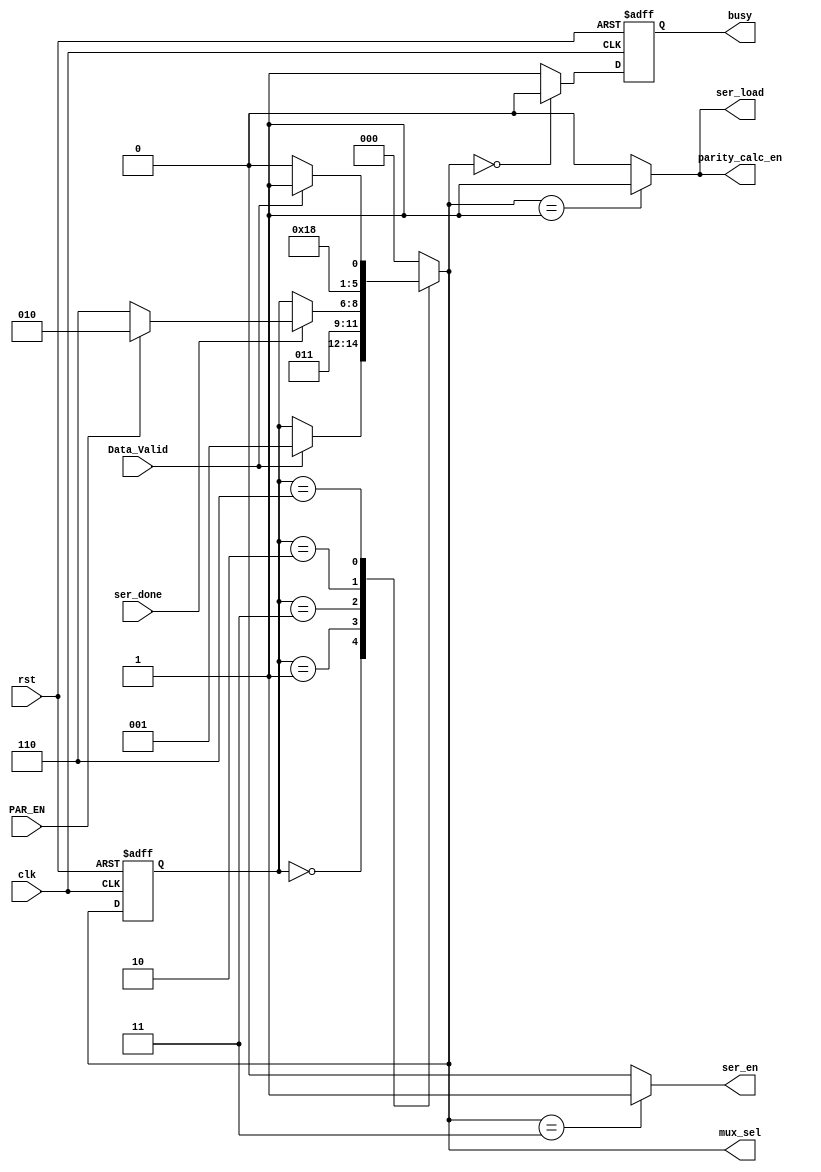
module UART_Tx_FSM(input wire Data_Valid,
                   input wire PAR_EN,
                   input wire ser_done,
                   input wire clk,
                   input wire rst,
                   output reg ser_load,
                   output reg ser_en,
                   output reg parity_calc_en,
                   output reg [2:0] mux_sel,
                   output reg busy);
    
    reg [2:0] current_state, next_state;
    reg busy_comb;
    
    // States encoding (gray encoding to reduce switching power)
    localparam  IDLE = 3'b000,
    START = 3'b001,
    DATA = 3'b011,
    PARITY = 3'b010,
    STOP = 3'b110;
    
    // Current state sequential logic
    always@(posedge clk or negedge rst)
    begin
        if (!rst)
        begin
            current_state <= IDLE;
        end
        else
        begin
            current_state <= next_state;
        end
    end
    
    always@(posedge clk or negedge rst)
    begin
        if (!rst)
        begin
            busy <= 1'b0;
        end
        else
        begin
            busy <= busy_comb;
        end
    end
    
    // Next state combinational logic
    always@(*)
    begin
        // Initial values to avoid unintentional latches
        next_state = IDLE;
        case(current_state)
            IDLE:
            begin
                if (Data_Valid)
                begin
                    next_state = START;
                end
                else
                begin
                    next_state = current_state;
                end
            end
            START:
            begin
                next_state = DATA;
            end
            DATA:
            begin
                if (ser_done)
                begin
                    if (PAR_EN)
                    begin
                        next_state = PARITY;
                    end
                    else
                    begin
                        next_state = STOP;
                    end
                end
                else
                begin
                    next_state = current_state;
                end
            end
            PARITY:
            begin
                next_state = STOP;
            end
            STOP:
            begin
                if (Data_Valid)
                begin
                    next_state = START;
                end
                else
                begin
                    next_state = IDLE;
                end
            end
            default:
            begin
                next_state = IDLE;
            end
        endcase
    end
    
    // Logic for serializer load and parity enable control signals
    always@(*)
    begin
        if (next_state == START)
        begin
            ser_load       = 1'b1;
            parity_calc_en = 1'b1;
        end
        else
        begin
            ser_load       = 1'b0;
            parity_calc_en = 1'b0;
        end
    end
    
    // Logic for the serializer's enable control signal
    always@(*)
    begin
        if (next_state == DATA)
        begin
            ser_en = 1'b1;
        end
        else
        begin
            ser_en = 1'b0;
        end
    end
    
    // Output (busy) combinational logic
    always@(*)
    begin
        if (next_state == IDLE)
        begin
            busy_comb = 1'b0;
        end
        else
        begin
            busy_comb = 1'b1;
        end
    end
    
    // Output (mux_sel) combinational logic
    always@(*)
    begin
        mux_sel = next_state;
    end
    
endmodule